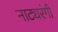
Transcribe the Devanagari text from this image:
नाट्यरंगी